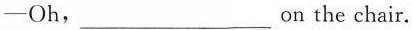
—Oh,___on the chair.